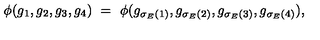
\phi ( g _ { 1 } , g _ { 2 } , g _ { 3 } , g _ { 4 } ) \ = \ \phi ( g _ { \sigma _ { E } ( 1 ) } , g _ { \sigma _ { E } ( 2 ) } , g _ { \sigma _ { E } ( 3 ) } , g _ { \sigma _ { E } ( 4 ) } ) ,